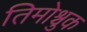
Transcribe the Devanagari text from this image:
तिमोश्चुक